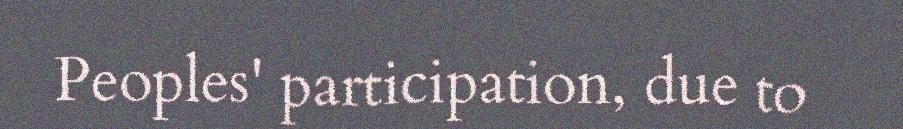
Peoples' participation, due to